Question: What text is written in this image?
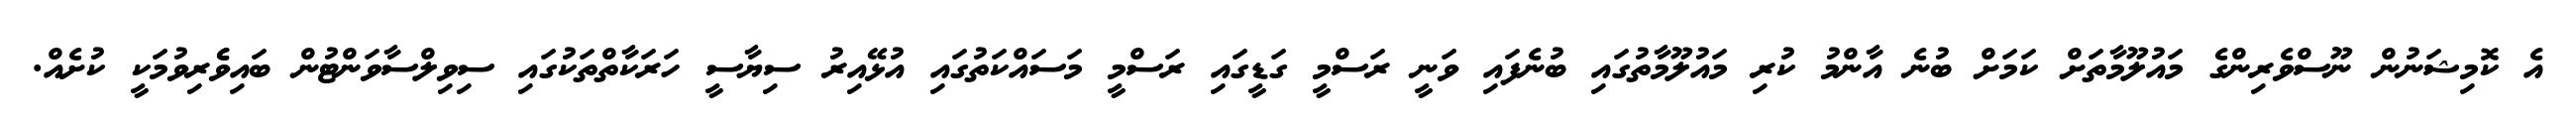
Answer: އެ ކޮމިޝަނުން ނޫސްވެރިންގެ މައުލޫމާތަށް ކަމަށް ބުނެ އާންމު ކުރި މައުލޫމާތުގައި ބުނެފައި ވަނީ ރަސްމީ ގަޑީގައި ރަސްމީ މަސައްކަތުގައި އުޅޭއިރު ސިޔާސީ ހަރަކާތްތަކުގައި ސިވިލްސާވަންޓުން ބައިވެެރިވުމަކީ ކުށެއް.